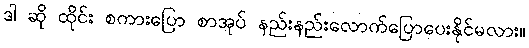
ဒါ ဆို ထိုင်း စကားပြော စာအုပ် နည်းနည်းလောက်ပြောပေးနိုင်မလား။